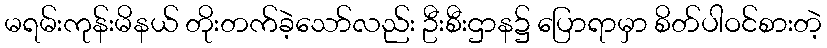
မရမ်းကုန်းမိနယ် တိုးတက်ခဲ့သော်လည်း ဦးစီးဌာန၌ ပြောရာမှာ စိတ်ပါဝင်စားတဲ့